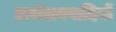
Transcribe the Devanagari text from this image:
असंशयवादियों